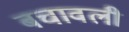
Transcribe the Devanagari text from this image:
बचावली